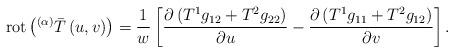
LaTeX: \begin{align*}\operatorname*{rot}\left( ^{\left( \alpha \right) }\bar{T}\left(u,v\right) \right) =\frac{1}{w}\left[ \frac{\partial \left( T^{1}g_{12}+T^{2}g_{22}\right) }{\partial u}-\frac{\partial \left( T^{1}g_{11}+T^{2}g_{12}\right) }{\partial v}\right] . \end{align*}